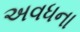
અવધના